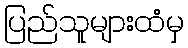
ပြည်သူများထံမှ